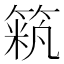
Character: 𥱞